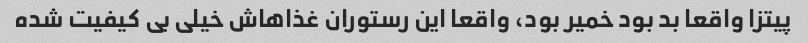
پیتزا واقعا بد بود خمیر بود، واقعا این رستوران غذاهاش خیلی بی کیفیت شده